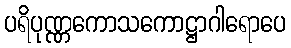
ပရိပုဏ္ဏကောသကောဋ္ဌာဂါရောပေ